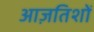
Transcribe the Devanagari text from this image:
आज़तिशों